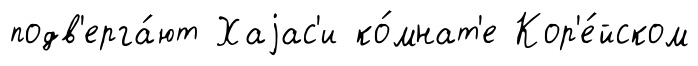
подв'ерга́ют Хаjас'и ко́мнат'е Кор'е́йском